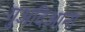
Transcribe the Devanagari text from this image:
गुअदिआना